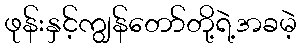
ဖုန်းနှင့်ကျွန်တော်တို့ရဲ့အခမဲ့